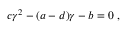
c \gamma ^ { 2 } - ( a - d ) \gamma - b = 0 \ ,